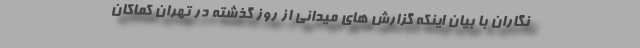
نگاران با بیان اینکه گزارش های میدانی از روز گذشته در تهران کماکان